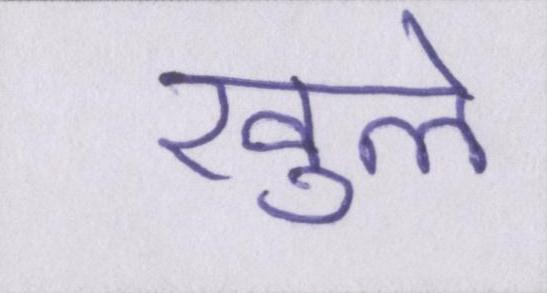
खुले